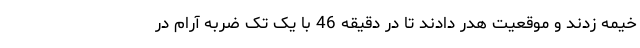
خیمه زدند و موقعیت هدر دادند تا در دقیقه 46 با یک تک ضربه آرام در